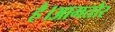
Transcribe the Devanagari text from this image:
है।आमतौर